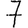
Digit: 7